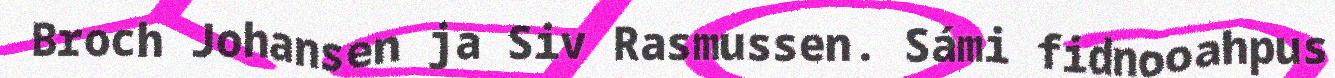
Broch Johansen ja Siv Rasmussen. Sámi fidnooahpus